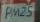
PM25